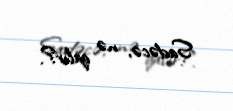
Sadəcə, nə qalır?.